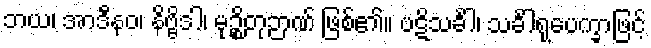
ဘယ၊ အာဒီနဝ၊ နိဗ္ဗိဒါ၊ မုဉ္စိတုဉာဏ် ဖြစ်၏။ ပဋိသင်္ခါ၊ သင်္ခါရုပေက္ခာဖြင့်